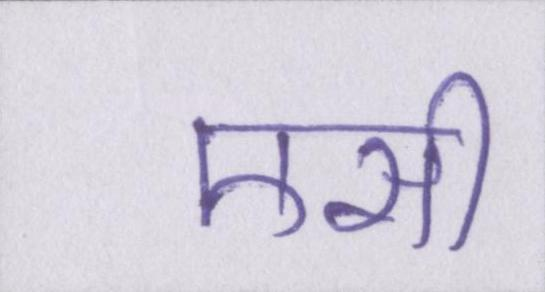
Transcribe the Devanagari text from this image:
एसी